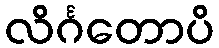
လိင်္ဂတောပိ